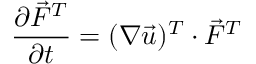
\frac { \partial \vec { F } ^ { T } } { \partial t } = ( \boldsymbol { \nabla } \vec { u } ) ^ { T } \cdot \vec { F } ^ { T }